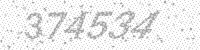
Solution: 374534